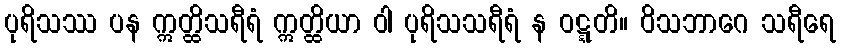
ပုရိသဿ ပန ဣတ္ထိသရီရံ ဣတ္ထိယာ ဝါ ပုရိသသရီရံ န ဝဋ္ဋတိ။ ဝိသဘာဂေ သရီရေ